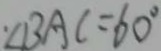
. \angle B A C = 6 0 ^ { \circ }